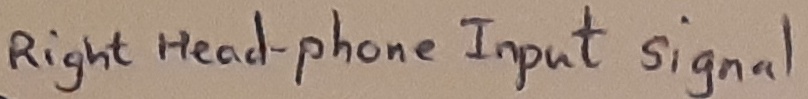
Text: Right headphone-Input signal